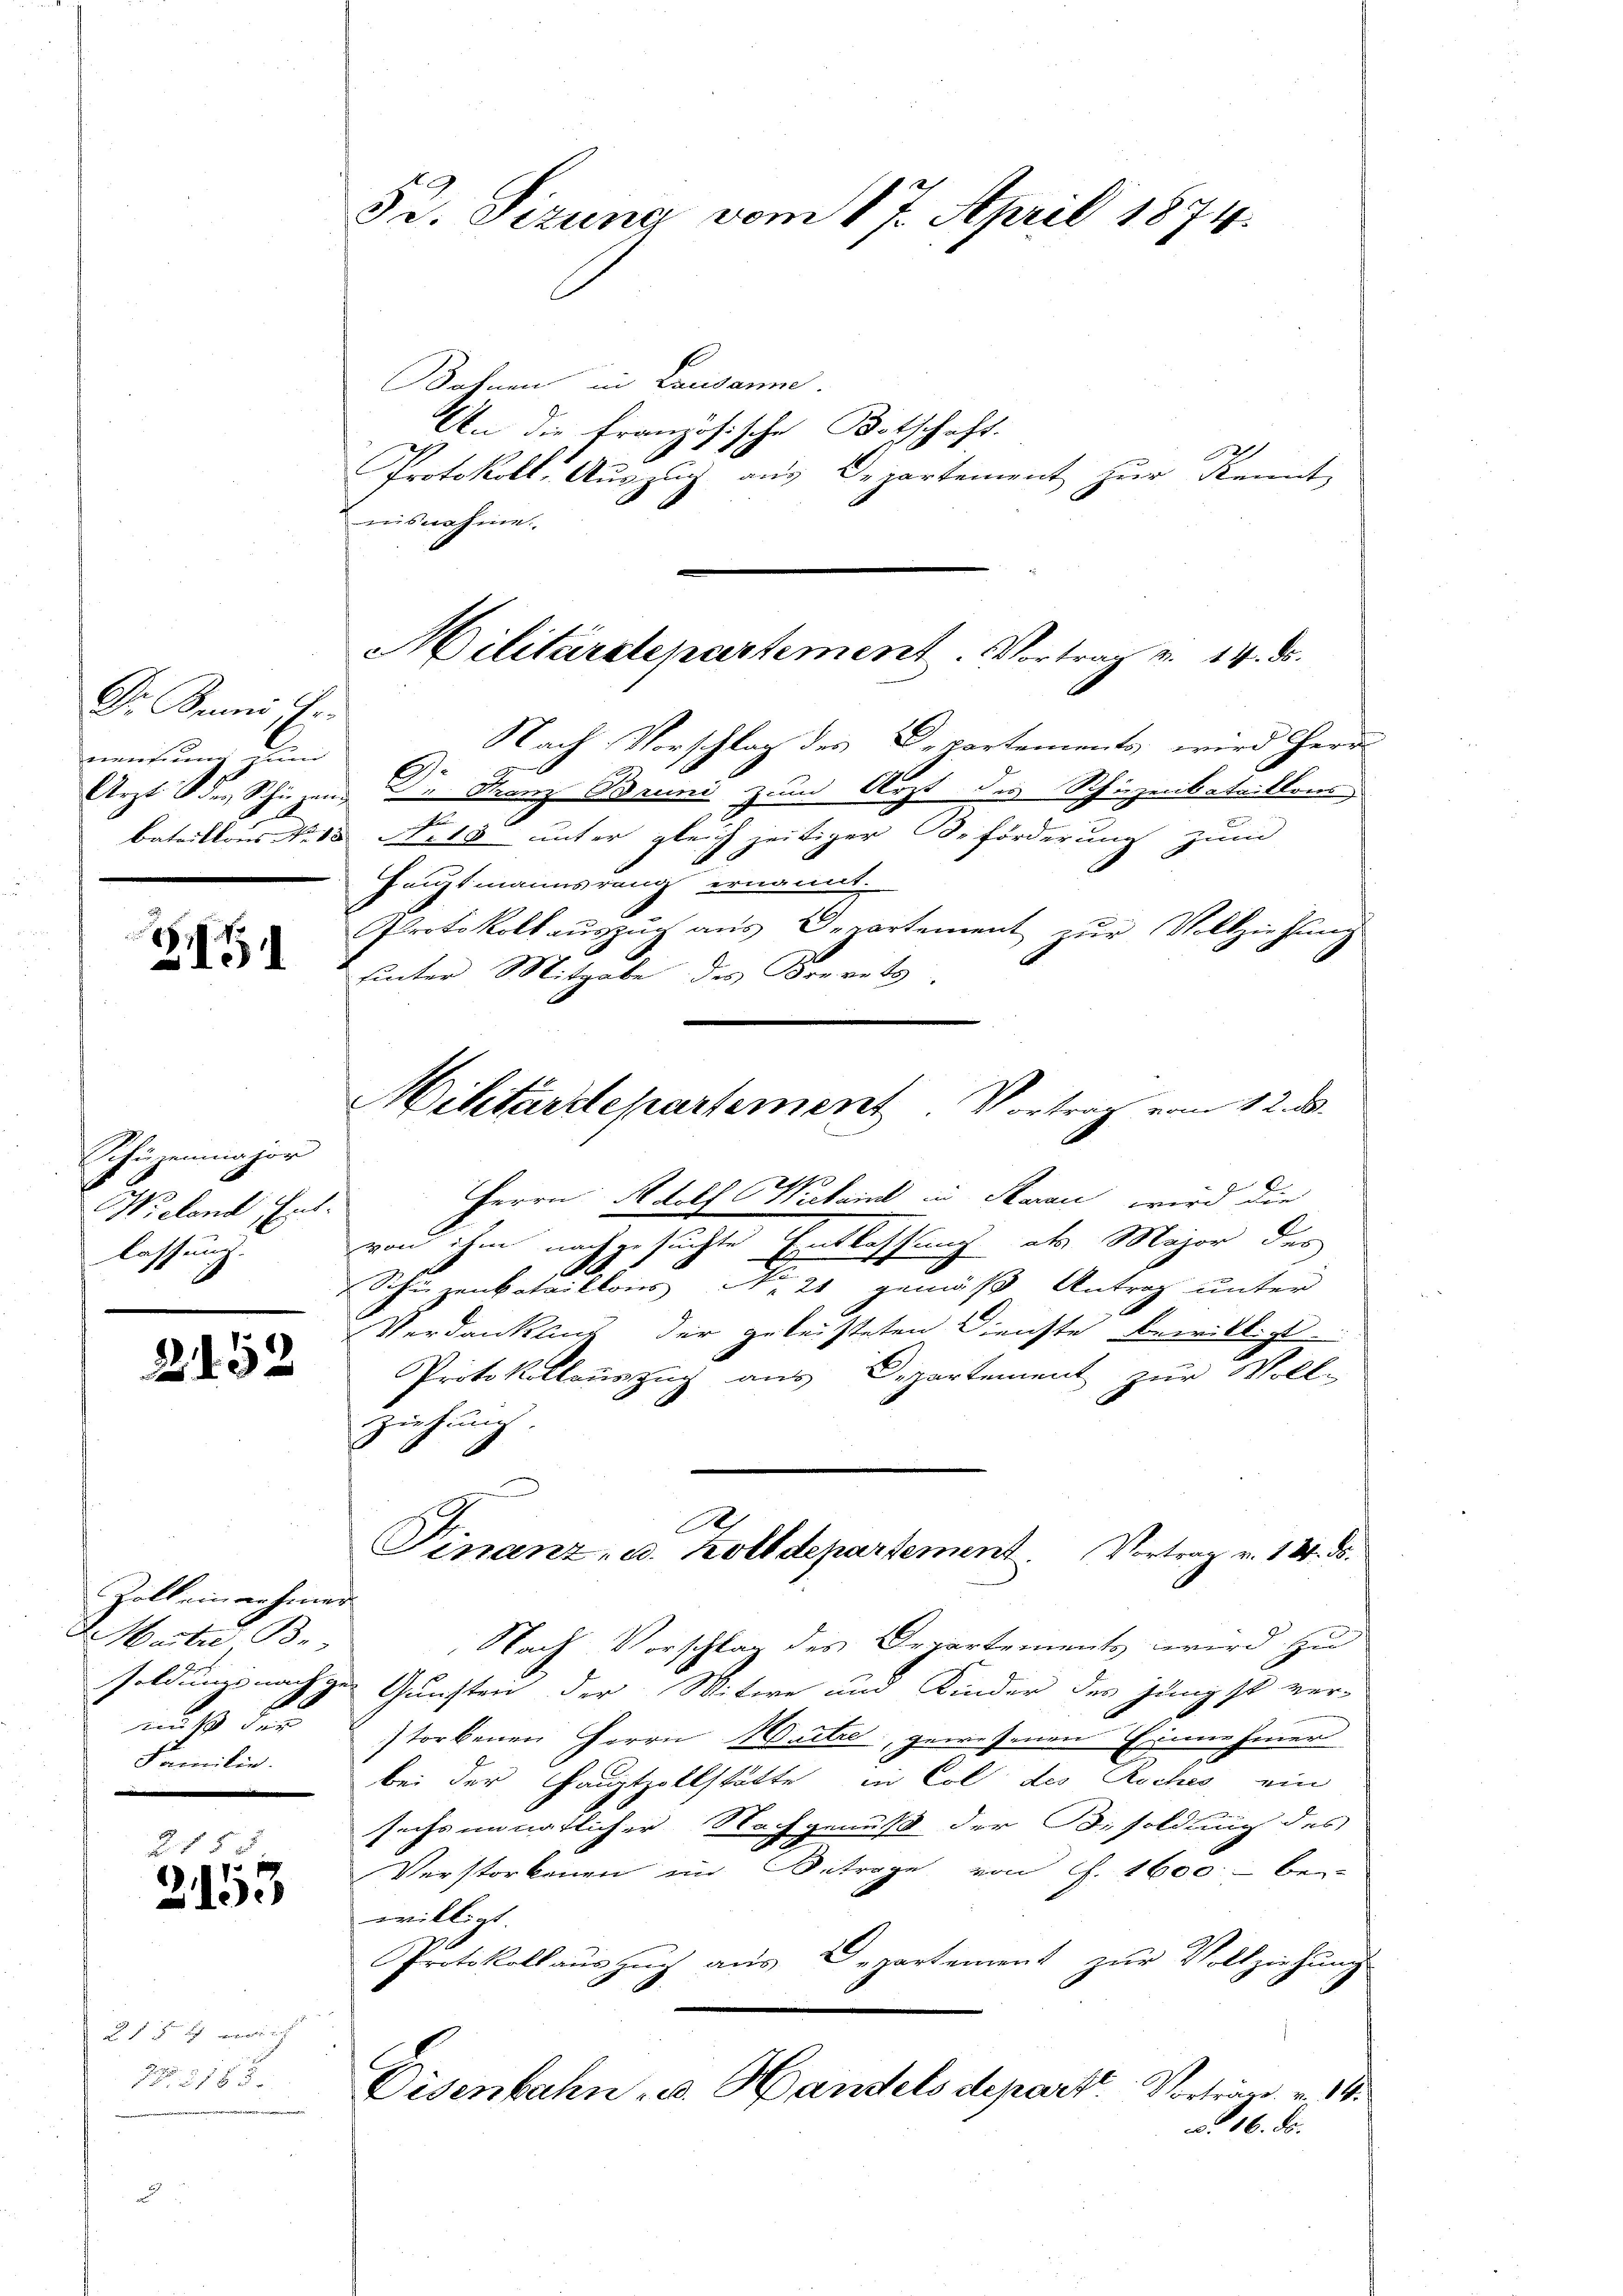
Dr. Juni Fr.
menkung nun

ZG

Schüzenmajor
Wochend Ent-
lassung.

2152

Zoll ein nehmer
2. Marter Be
Familie.

2150
x
2133

2. 184 wei
18. 2185

52. Sizung vom 17. April 1874.

Bahnen in Lausanne.
An die französische Botschaft.
Protokoll. Auszug aus Departement zur Kennt,
Enisnahme.
Nach Vorschlag des Departements wird Herr
Arzt der Schützen Dr Franz Bruni zum Arzt des Schuzeibataillons
bataillons No. 18. No. 18 unter gleich zeitiger Beförderung zum
Hauptmannsrang ernannt.
Protokoll aŭszŭg aŭs Departement zŭr Vollziehŭng
hinter Mitgabe des Brevets
B.
Herrn Adolf Wickaind in Saran wird die
von ihm nachgesuchte Entlassung als Major des
Schüzenkataillons No 2 gemäß Antrag unter
Verdanklig der geleisteten Dienste bewilligt.
Protokollauszug aus Departement zur Voll-
ziehung.
A
Finanz- u. Zolldepartement. Vortrag v. 14. ds.
Nach Vorschlag des Departements wird zu
soldungsnachzu Gunsten der Mitwe und Kinder des Jüngst ver-
nuß der storbenen Herrn Martie, gewesenen Einnehmen
bei der Hauptzollstätte in Col des Roches ein
sechsmonatlicher Nachgenuß der Besoldung des
Verstorbenen im Betrage von f. 1600 - bei
eville
Protokollauszug aus Departement zur Vollziehung
Eisenbahn u. Handels departe. Vorträge u. 11.
c. 16. ds.

Militärstepartement. Vortrag v. 14. ds.

Militärdepartement Vortrag vom 12. ds.